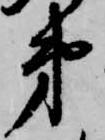
弟